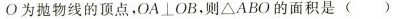
О为抛物线的顶点，OA⊥OB，则△ABO的面积是（ ）